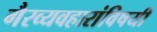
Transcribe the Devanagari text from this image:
गैरव्यवहारांविषयी